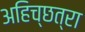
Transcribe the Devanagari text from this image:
अहिच्छत्रा